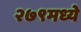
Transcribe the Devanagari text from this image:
२७९मध्ये